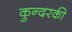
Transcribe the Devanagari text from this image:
कुन्‍दरकी